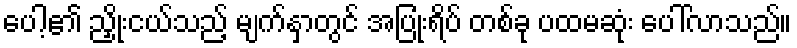
ပေါ့၏ ညှိုးငယ်သည့် မျက်နှာတွင် အပြုံးရိပ် တစ်ခု ပထမဆုံး ပေါ်လာသည်။